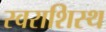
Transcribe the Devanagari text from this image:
स्वराशिस्थ